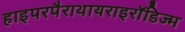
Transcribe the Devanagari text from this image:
हाइपरपैराथायराइरॉडिज्म